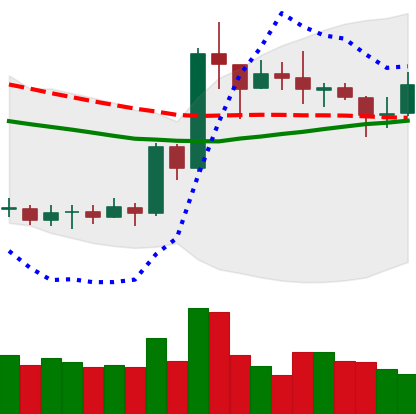
Ticker: XRP-USD
Chart end date: 2020-07-18
Forward return: 4.132%
Label: up_3_5